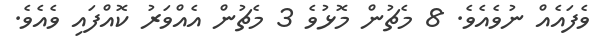
ވެފައެއް ނުވެއެވެ. 8 މެޗުން މޮޅުވެ 3 މެޗުން އެއްވަރު ކޮއްފައި ވެއެވެ.